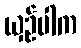
ယှဉ်ပါက